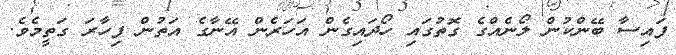
ފައިސާ ބޭންކުން ލޯނެއްގެ ގޮތުގައި ހޯދައިގެން އަހަރެން އޭނާގެ އަތުން ފިހާރަ ގަތީމެވެ.